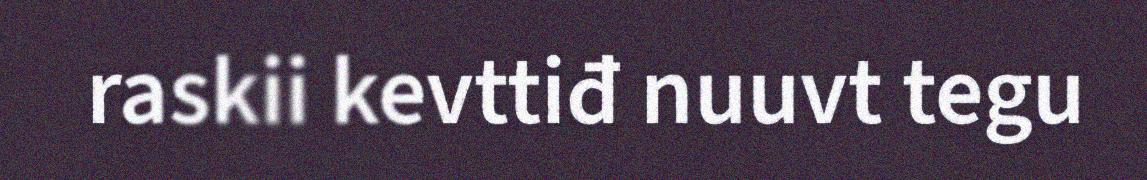
raskii kevttiđ nuuvt tegu